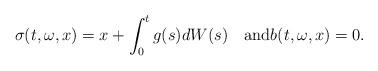
LaTeX: \begin{align*}\sigma(t, \omega, x) = x + \int_0^t g(s) dW(s) \quad\textrm{and} b(t, \omega, x) = 0.\end{align*}